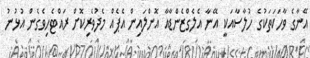
އޭނާގެ ވާހަކަތަކުގެ ހުލާސާއަކީ އޭނާ އެލެގްޒެންޑާއާ އޮންލައިން އެޕެއް މެދުވެރިކޮށް ރައްޓެހިވެގެން އުޅުނު